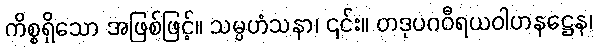
ကိစ္စရှိသော အဖြစ်ဖြင့်။ သမ္ပဟံသနာ၊ ၎င်း။ တဒုပဂဝီရယဝါဟနဋ္ဌေန၊